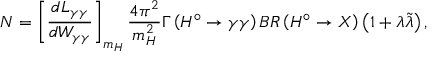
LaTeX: N = \left[ \frac { d L _ { \gamma \gamma } } { d W _ { \gamma \gamma } } \right] _ { m _ { H } } \frac { 4 \pi ^ { 2 } } { m _ { H } ^ { 2 } } \Gamma \left( H ^ { \circ } \rightarrow \gamma \gamma \right) B R \left( H ^ { \circ } \rightarrow X \right) \left( 1 + \lambda \tilde { \lambda } \right) ,